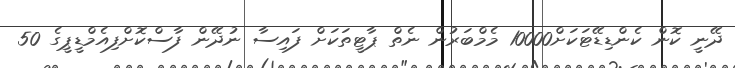
ދޭނީ ކޮން ކެންޑިޑޭޓަކަށް10000 މެމްބަރުން ނެތް ޕާޓީތަކަށް ފައިސާ ނުދޭން ފާސްކޮށްފިއެމްޑީޕީގެ 50